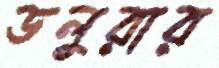
ডলুরার